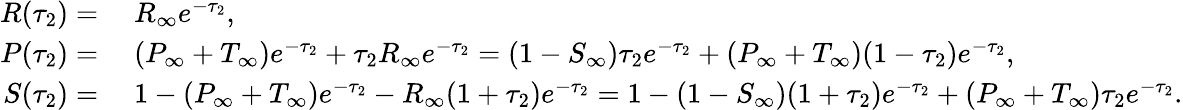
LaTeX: \begin{array}{rl}{R(\tau_{2})=}&{\; R_{\infty}e^{-\tau_{2}},}\\ {P(\tau_{2})=}&{\; (P_{\infty}+T_{\infty})e^{-\tau_{2}}+\tau_{2}R_{\infty}e^{-\tau_{2}}=(1-S_{\infty})\tau_{2}e^{-\tau_{2}}+(P_{\infty}+T_{\infty})(1-\tau_{2})e^{-\tau_{2}},}\\ {S(\tau_{2})=}&{\; 1-(P_{\infty}+T_{\infty})e^{-\tau_{2}}-R_{\infty}(1+\tau_{2})e^{-\tau_{2}}=1-(1-S_{\infty})(1+\tau_{2})e^{-\tau_{2}}+(P_{\infty}+T_{\infty})\tau_{2}e^{-\tau_{2}}.}\end{array}